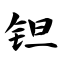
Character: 钽